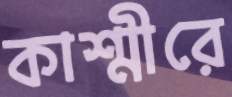
কাশ্মীরে